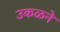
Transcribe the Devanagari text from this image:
उकळने